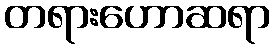
တရားဟောဆရာ